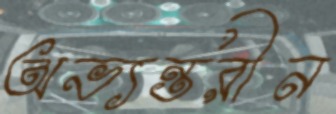
অভ্যন্তরীন